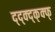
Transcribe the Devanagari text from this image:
द्द्क्द्क्क्फ्